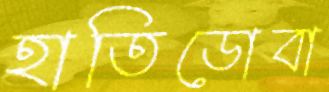
হাতিডোবা